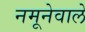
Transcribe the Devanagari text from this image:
नमूनेवाले